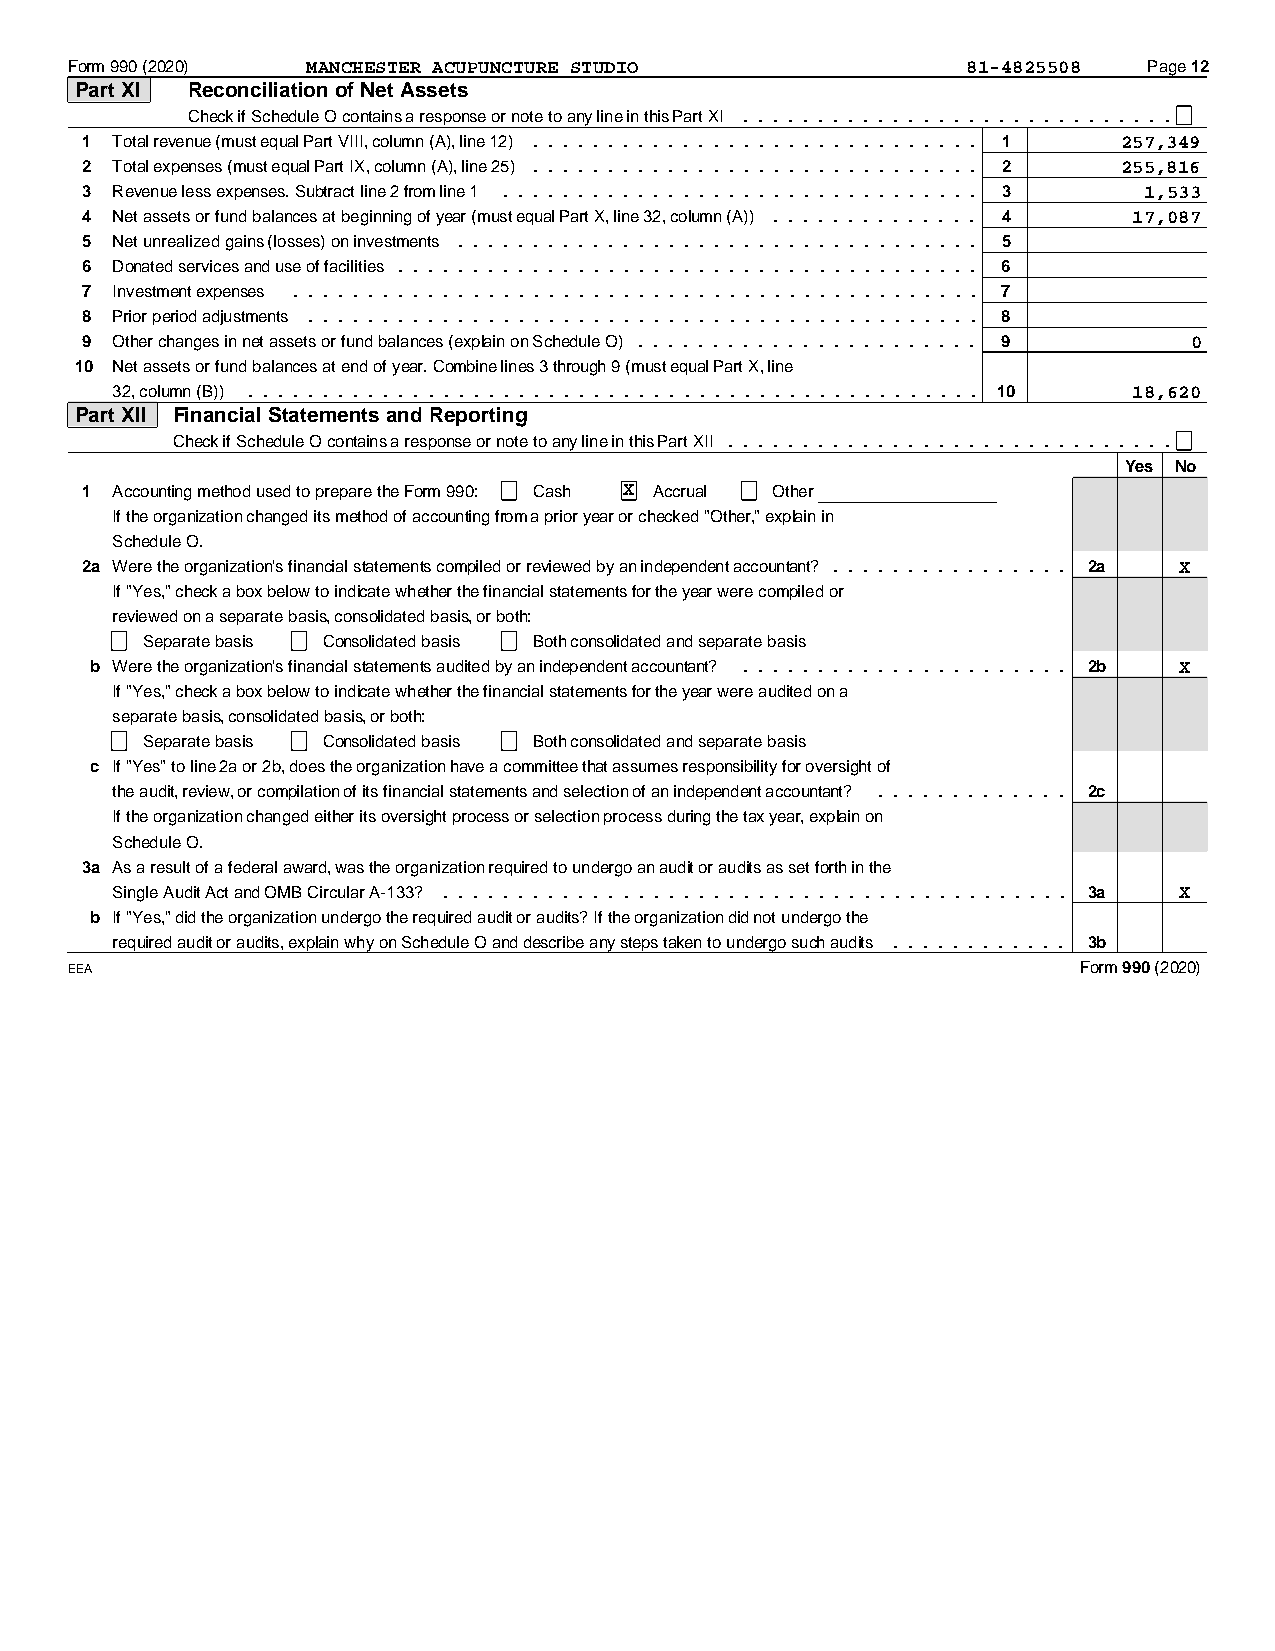
Form 990 (2020) MANCHESTER ACUPUNCTURE STUDIO               81-4825508  Page 12
 Part XI Reconciliation of Net Assets
 Check if Schedule O contains a response or note to any line in this Part XI.............................
 1 Total revenue (must equal Part VIII, column (A), line 12).............................. 1 257,349
 2 Total expenses (must equal Part IX, column (A), line 25).............................. 2 255,816
 3 Revenue less expenses. Subtract line 2 from line 1 ................................ 3 1,533
 4 Net assets or fund balances at beginning of year (must equal Part X, line 32, column (A)).............. 4 17,087
 5 Net unrealized gains (losses) on investments ................................... 5
 6 Donated services and use of facilities....................................... 6
 7 Investment expenses .............................................. 7
 8 Prior period adjustments ............................................. 8
 9 Other changes in net assets or fund balances (explain on Schedule O)....................... 9 0
 10 Net assets or fund balances at end of year. Combine lines 3 through 9 (must equal Part X, line
 32, column (B)) ................................................. 10 18,620
 Part XII Financial Statements and Reporting
 Check if Schedule O contains a response or note to any line in this Part XII..............................
 Yes No
 1 Accounting method used to prepare the Form 990: Cash X Accrual Other
 If the organization changed its method of accounting from a prior year or checked "Other," explain in
 Schedule O.
 2a Were the organization's financial statements compiled or reviewed by an independent accountant.?............... 2a X
 If "Yes," check a box below to indicate whether the financial statements for the year were compiled or
 reviewed on a separate basis, consolidated basis, or both:
 Separate basis Consolidated basis Both consolidated and separate basis
 b Were the organization's financial statements audited by an independent accountant?...................... 2b X
 If "Yes," check a box below to indicate whether the financial statements for the year were audited on a
 separate basis, consolidated basis, or both:
 Separate basis Consolidated basis Both consolidated and separate basis
 c If "Yes" to line 2a or 2b, does the organization have a committee that assumes responsibility for oversight of
 the audit, review, or compilation of its financial statements and selection of an independent accountant?............. 2c
 If the organization changed either its oversight process or selection process during the tax year, explain on
 Schedule O.
 3a As a result of a federal award, was the organization required to undergo an audit or audits as set forth in the
 Single Audit Act and OMB Circular A-133? .......................................... 3a X
 b If "Yes," did the organization undergo the required audit or audits? If the organization did not undergo the
 required audit or audits, explain why on Schedule O and describe any steps taken to undergo such audits............ 3b
 EEA                                                                 Form 990 (2020)